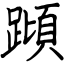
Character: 蹞